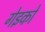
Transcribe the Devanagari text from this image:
गेइको